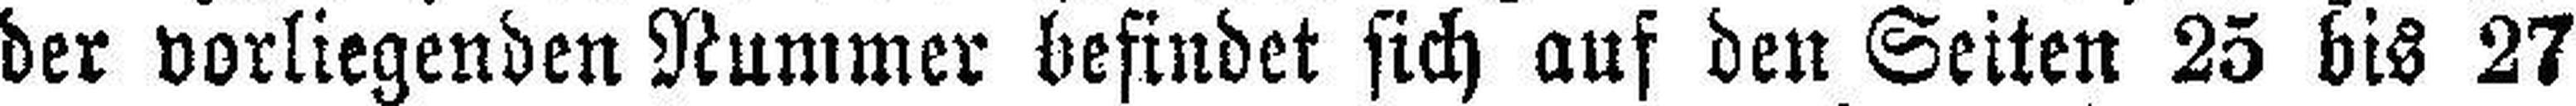
der vorliegenden Nummer befindet sich auf den Seiten 25 bis 27